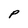
Character: P